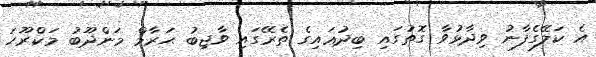
އެ ކަލޭގެފާނު ވިދާޅުވާ ގޮތުގައި ބިދުޢައިގެ ތެރޭގައި ވާޖިބު ޙަރާމް މަންދޫބު މަކްރޫހަ